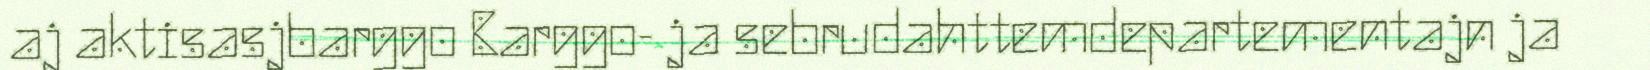
aj aktisasjbarggo Barggo- ja sebrudahttemdepartementajn ja